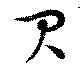
貝